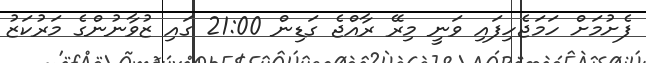
ފެށުމަށް ހަމަޖެހިފައި ވަނީ މިރޭ ރާއްޖެ ގަޑިން 21:00 ގައި ޒުވާނުންގެ މަރުކަޒު